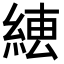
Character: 𦁆